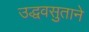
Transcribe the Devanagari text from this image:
उद्धवसुताने